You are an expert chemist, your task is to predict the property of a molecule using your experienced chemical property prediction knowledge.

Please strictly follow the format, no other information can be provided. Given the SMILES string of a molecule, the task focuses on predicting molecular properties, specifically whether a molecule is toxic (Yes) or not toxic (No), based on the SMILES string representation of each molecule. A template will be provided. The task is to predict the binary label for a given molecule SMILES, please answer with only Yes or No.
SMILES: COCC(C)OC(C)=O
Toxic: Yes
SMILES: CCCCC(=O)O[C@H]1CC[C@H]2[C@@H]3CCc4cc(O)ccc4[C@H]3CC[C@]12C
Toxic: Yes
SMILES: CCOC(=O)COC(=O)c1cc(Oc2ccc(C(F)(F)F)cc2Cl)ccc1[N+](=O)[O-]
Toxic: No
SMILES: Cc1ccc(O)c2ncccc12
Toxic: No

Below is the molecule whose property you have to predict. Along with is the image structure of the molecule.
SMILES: S=C=NCCc1ccccc1
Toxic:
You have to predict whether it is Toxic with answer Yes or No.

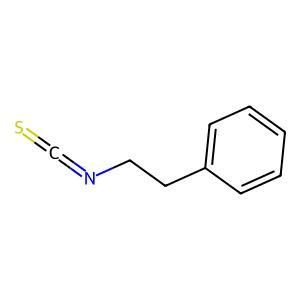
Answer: No